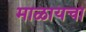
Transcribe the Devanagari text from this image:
माळायचा